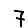
Digit: 7